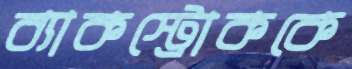
ব্যাকস্ট্রোককে